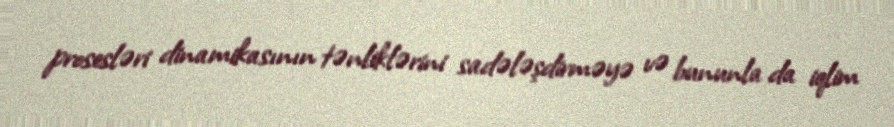
prosesləri dinamikasının tənliklərini sadələşdirməyə və bununla da iqlim